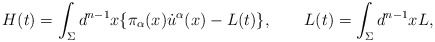
\begin{align*}H(t)=\int_\Sigma d^{n-1}x \{\pi_{\alpha}(x){\dot u}^{\alpha}(x) -L(t)\},\qquad L(t)=\int_\Sigma d^{n-1}x {L},\end{align*}